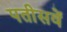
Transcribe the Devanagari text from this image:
पतीसवें